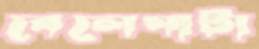
বেলেঘাটা